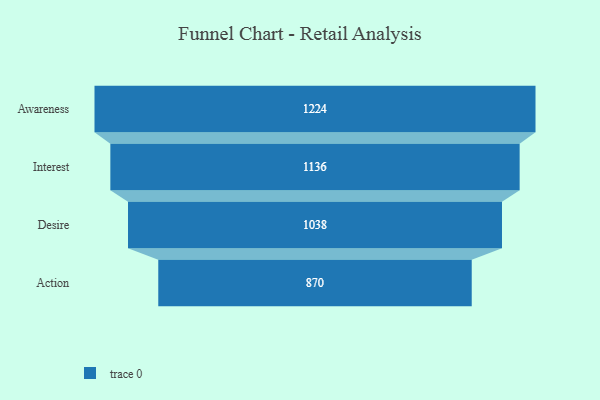
{"axis": {"x": "Stage", "y": "Value"}, "legend": [""], "data": [{"x": "Awareness", "y": 1224.0, "type": ""}, {"x": "Interest", "y": 1136.0, "type": ""}, {"x": "Desire", "y": 1038.0, "type": ""}, {"x": "Action", "y": 870.0, "type": ""}]}